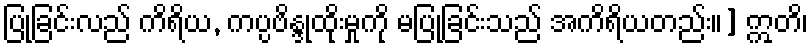
ပြုခြင်းလည် ကိရိယ, ကပ္ပဗိန္ဒုထိုးမှုကို မပြုခြင်းသည် အကိရိယတည်း။] ဣတိ၊